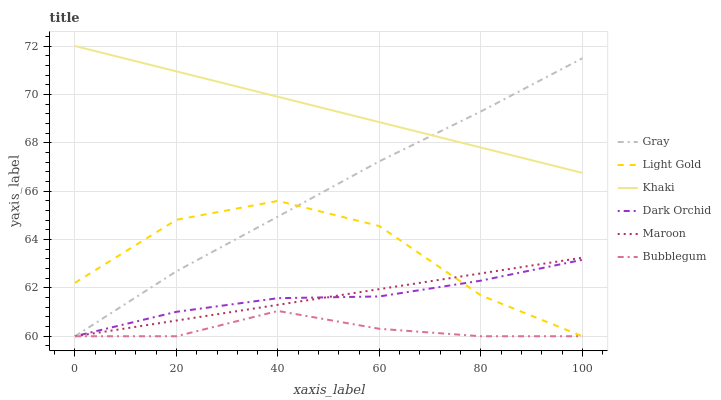
| xaxis_label | Gray | Light Gold | Khaki | Dark Orchid | Maroon | Bubblegum |
 | --- | --- | --- | --- | --- | --- | --- |
 | 0 | 60 | 62.2 | 72 | 60 | 60 | 60 |
 | 20 | 62.7 | 64.8 | 71 | 61 | 60.6 | 60 |
 | 40 | 64.9 | 65.6 | 69.9 | 61.6 | 61.3 | 61 |
 | 60 | 67.2 | 64.6 | 68.9 | 61.6 | 61.9 | 60.3 |
 | 80 | 69.3 | 61.7 | 67.8 | 62.3 | 62.6 | 60 |
 | 100 | 71.5 | 60 | 66.8 | 63.2 | 63.2 | 60 |